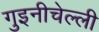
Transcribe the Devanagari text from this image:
गुइनीचेल्ली